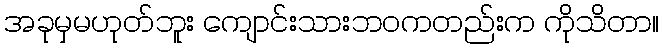
အခုမှမဟုတ်ဘူး ကျောင်းသားဘဝကတည်းက ကိုသိတာ။